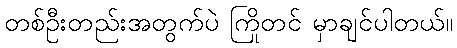
တစ်ဦးတည်းအတွက်ပဲ ကြိုတင် မှာချင်ပါတယ်။